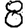
Digit: 8